General report no. 6 on the lunatic asylums, vaccination and dispensaries in the Bengal Presidency, 1873 -
Year: 1873
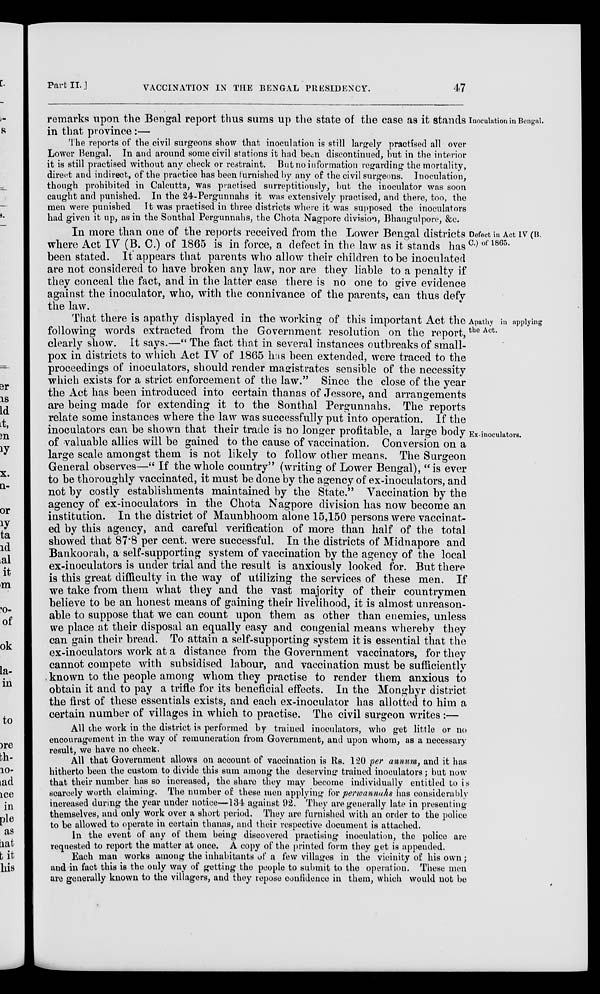
Part II. ]
VACCINATION IN THE BENGAL PRESIDENCY.
47
Inoculation in Bengal.
remarks upon the Bengal report thus sums up the state of the case as it stands
in that province :—
The reports of the civil surgeons show that inoculation is still largely practised all over
Lower Bengal. In and around some civil stations it had been discontinued, but in the interior
it is still practised without any check or restraint. But no information regarding the mortality,
direct and indirect, of the practice has been furnished by any of the civil surgeons. Inoculation,
though prohibited in Calcutta, was practised surreptitiously, but the inoculator was soon
caught and punished. In the 24-Pergunnahs it was extensively practised, and there, too, the
men were punished
It was practised in three districts where it was supposed the inoculators
had given it up, as in the Sonthal Pergunnahs, the Chota Nagpore division, Bhaugulpore, &c.
Defect in Act IV (B.
C.) of 1865.
In more than one of the reports received from the Lower Bengal districts
where Act IV (B. C.) of 1865 is in force, a defect in the law as it stands has
been stated. It appears that parents who allow their children to be inoculated
are not considered to have broken any law, nor are they liable to a penalty if
they conceal the fact, and in the latter case there is no one to give evidence
against the inoculator, who, with the connivance of the parents, can thus defy
the law.
Apathy in applying
the Act.
Ex-inoculators.
That there is apathy displayed in the working of this important Act the
following words extracted from the Government resolution on the report,
clearly show. It says.—" The fact that in several instances outbreaks of small-
pox in districts to which Act IV of 1865 has been extended, were traced to the
proceedings of inoculators, should render magistrates sensible of the necessity
which exists for a strict enforcement of the law." Since the close of the year
the Act has been introduced into certain thanas of Jessore, and arrangements
are being made for extending it to the Sonthal Pergunnahs. The reports
relate some instances where the law was successfully put into operation. If the
inoculators can be shown that their trade is no longer profitable, a large body
of valuable allies will be gained to the cause of vaccination. Conversion on a
large scale amongst them is not likely to follow other means. The Surgeon
General observes—" If the whole country" (writing of Lower Bengal), "is ever
to be thoroughly vaccinated, it must be done by the agency of ex-inoculators, and
not by costly establishments maintained by the State." Vaccination by the
agency of ex-inoculators in the Chota Nagpore division has now become an
institution. In the district of Maunbhoom alone 15,150 persons were vaccinat-
ed by this agency, and careful verification of more than half of the total
showed that 87.8 per cent. were successful. In the districts of Midnapore and
Bankoorah, a self-supporting system of vaccination by the agency of the local
ex-inoculators is under trial and the result is anxiously looked for. But there
is this great difficulty in the way of utilizing the services of these men. If
we take from them what they and the vast majority of their countrymen
believe to be an honest means of gaining their livelihood, it is almost unreason-
able to suppose that we can count upon them as other than enemies, unless
we place at their disposal an equally easy and congenial means whereby they
can gain their bread. To attain a self-supporting system it is essential that the
ex-inoculators work at a distance from the Government vaccinators, for they
cannot compete with subsidised labour, and vaccination must be sufficiently
known to the people among whom they practise to render them anxious to
obtain it and to pay a trifle for its beneficial effects. In the Monghyr district
the first of these essentials exists, and each ex-inoculator has allotted to him a
certain number of villages in which to practise. The civil surgeon writes :—
All the work in the district is performed by trained inoculators, who get little or no
encouragement in the way of remuneration from Government, and upon whom, as a necessary
result, we have no check.
All that Government allows on account of vaccination is Rs. 120 per annum, and it has
hitherto been the custom to divide this sum among the deserving trained inoculators; but now
that their number has so increased, the share they may become individually entitled to is
scarcely worth claiming. The number of these men applying for perwannahs has considerably
increased during the year under notice—134 against 92. They are generally late in presenting
themselves, and only work over a short period. They are furnished with an order to the police
to be allowed to operate in certain thanas, and their respective document is attached.
In the event of any of them being discovered practising inoculation, the police are
requested to report the matter at once. A copy of the printed form they get is appended.
Each man works among the inhabitants of a few villages in the vicinity of his own;
and in fact this is the only way of getting the people to submit to the operation. These men
are generally known to the villagers, and they repose confidence in them, which would not be